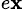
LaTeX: _{e\mathbf{x}}